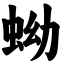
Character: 蚴